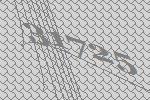
31725